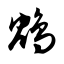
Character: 鸩